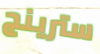
سترينج